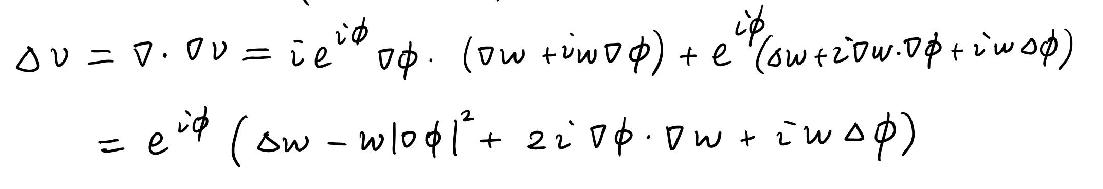
\begin{align*}
\Delta v&=\nabla\cdot\nabla v = i e^{i\phi}\nabla\phi\cdot(\nabla w + i w\nabla\phi)+e^{i\phi}(\Delta w + 2i\nabla w\cdot\nabla\phi + i w\Delta\phi)\\
&=e^{i\phi}(\Delta w - w|\nabla\phi|^{2}+2i\nabla\phi\cdot\nabla w + i w\Delta\phi)
\end{align*}